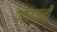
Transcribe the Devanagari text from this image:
पहेरवानी